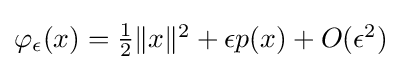
\textstyle \varphi _{\epsilon }(x)={\frac {1}{2}}\Vert x\Vert ^{2}+\epsilon p(x)+O(\epsilon ^{2})